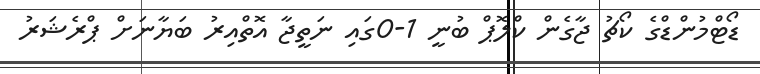
ޑޯޓްމުންޑްގެ ކޯޗު ޖާގެން ކްލޮޕް ބުނީ 1-0ގައި ނަތީޖާ އޮތްއިރު ބަޔާނަށް ޕްރެޝަރު